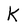
Character: K